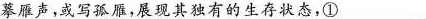
摹雁声，或写孤雁，展现其独有的生存状态，①___